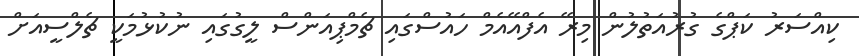
ކިއްސަރު ކަޕްގެ ގުރުއަތުލުން މިރޭ އެފްއޭއެމް ހައުސްގައި ޗެމްޕިއަންސް ލީގުގައި ނުކުޅުމަކީ ޗެލްސީއަށް